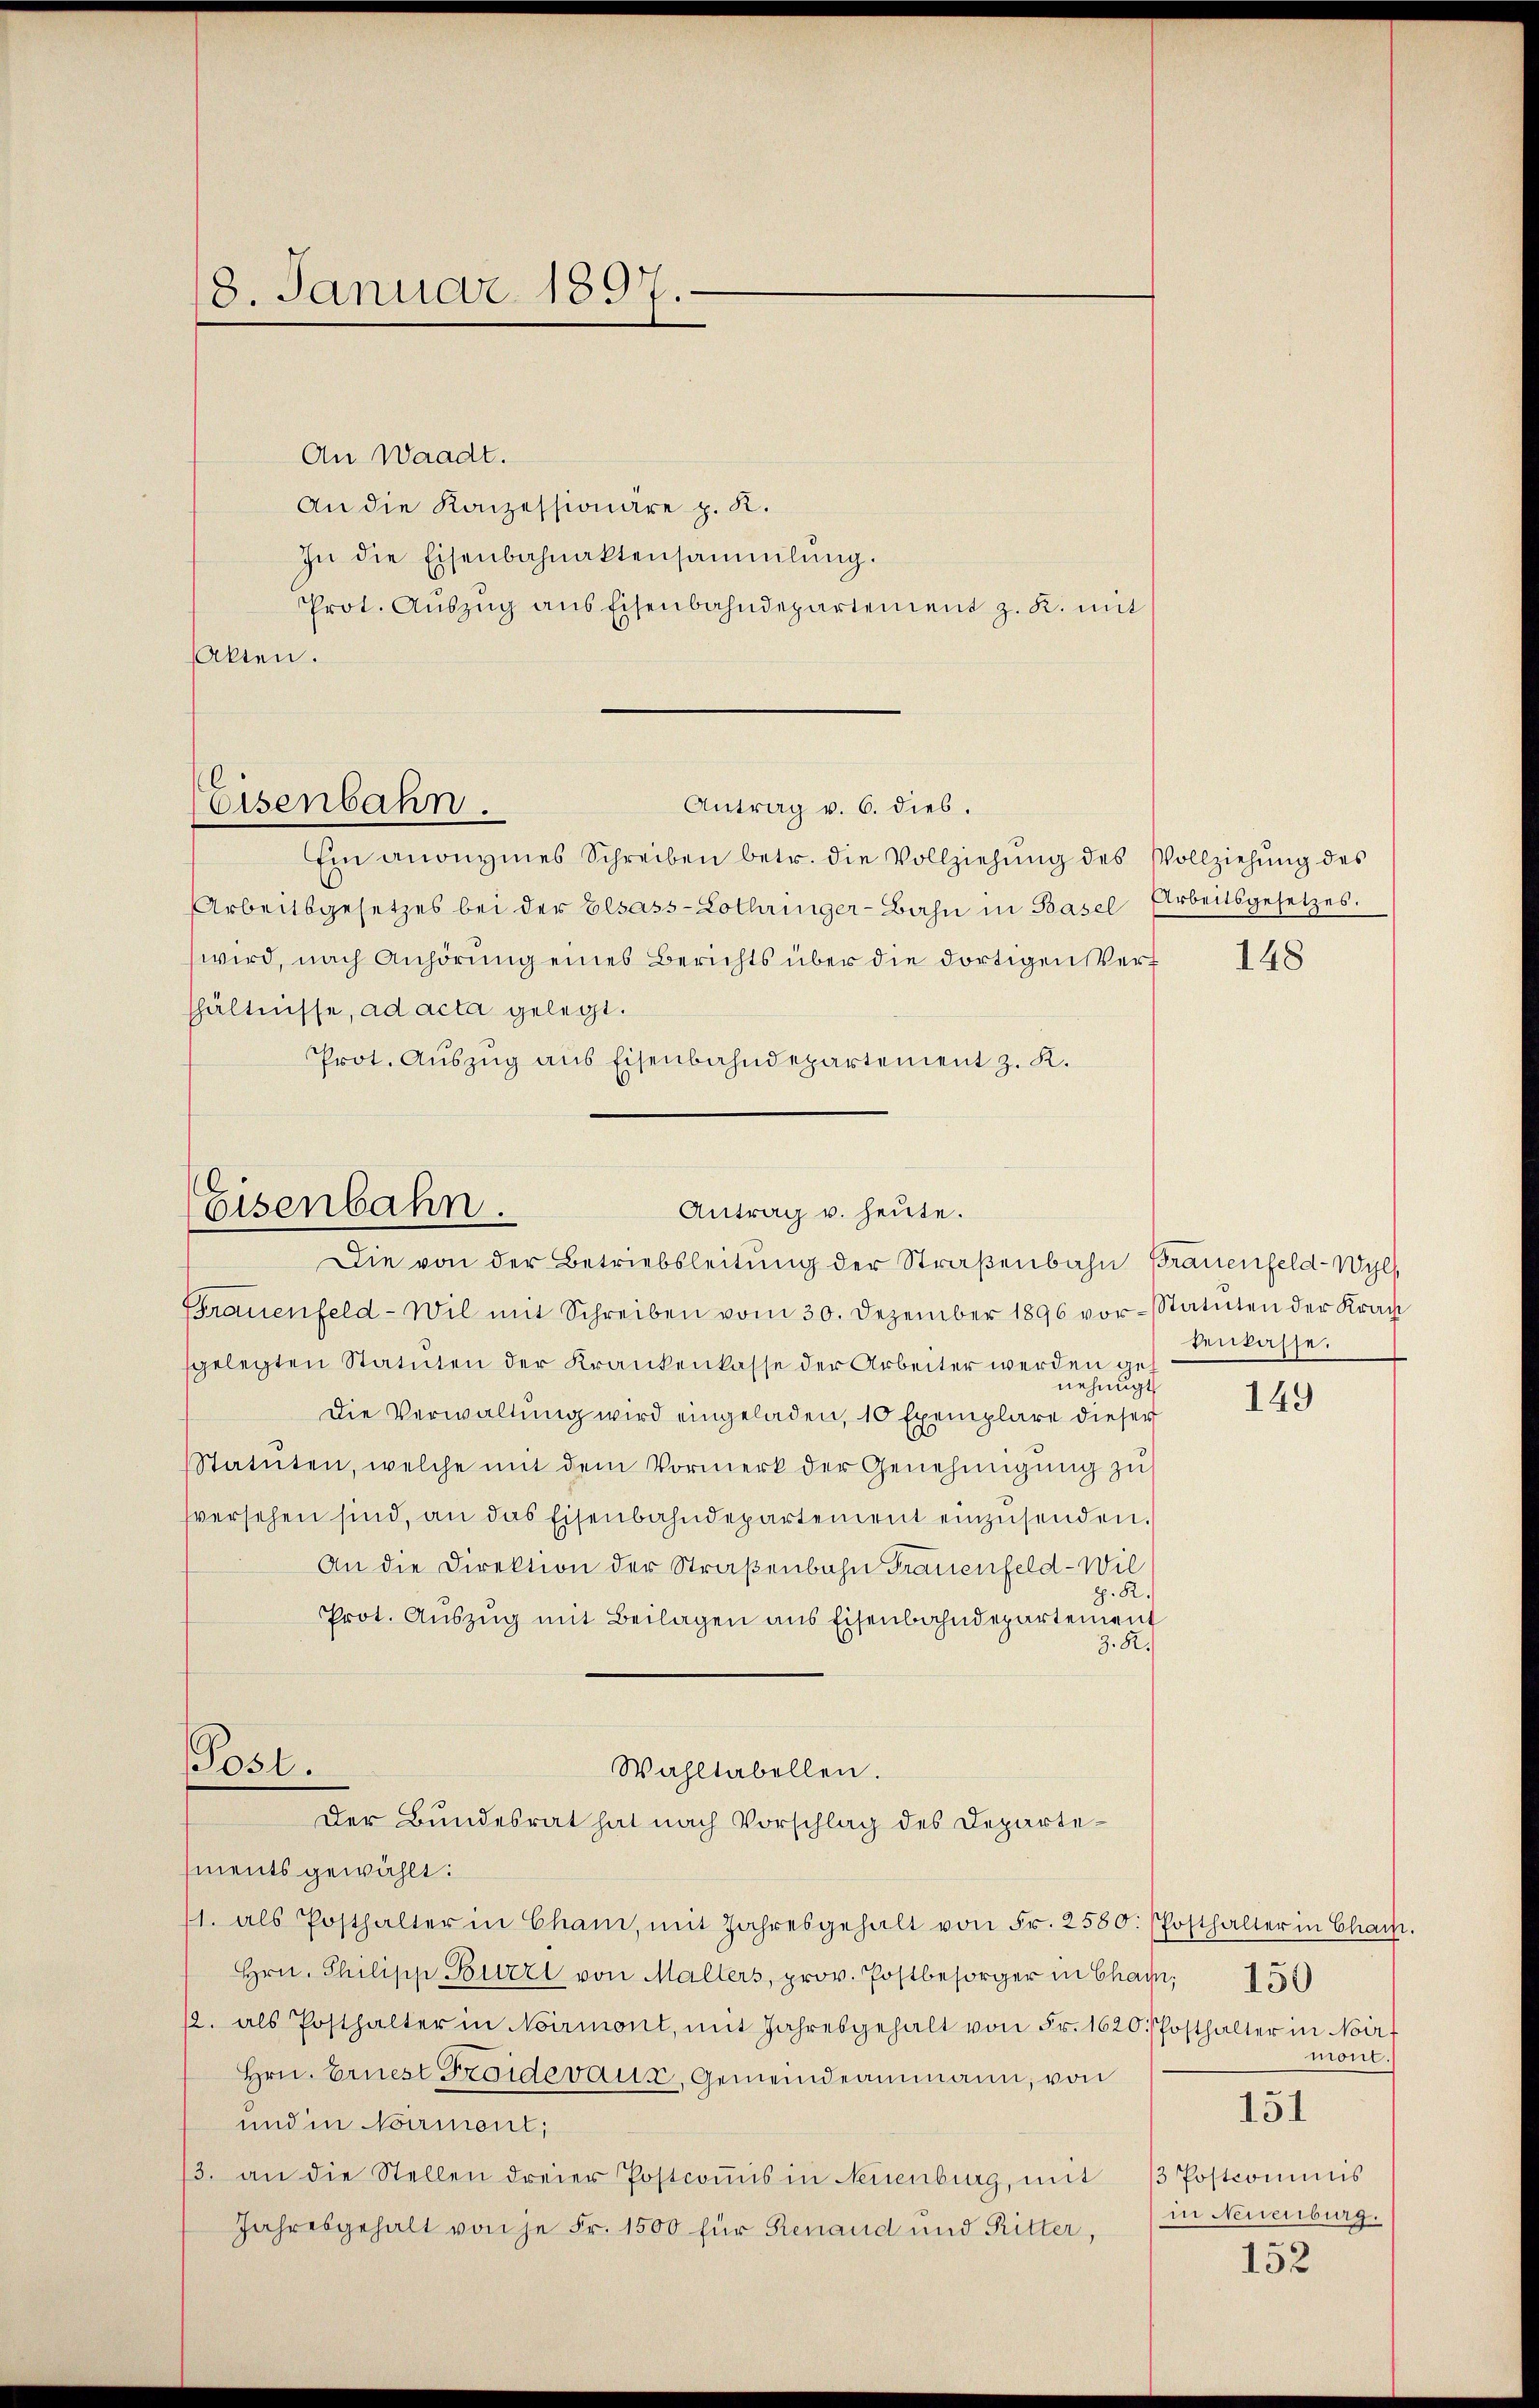
18. Januar 1897.

An Waadt.
An die Konzessionäre z. R.
In die Eisenbahnaktensammlung.
Prot. Aŭszŭg ans Eisenbahndepartement z. R. mit
bten.
Eisenbahn.
Ein anonymes Schreiben betr. die Vollziehŭng des Vollziehŭng des
Arbeitsgesetzes bei der Elsass-Lothringer-Bahn in Basel Arbeitsgesetzes.
wird, nach Anhörung eines Berichts über die dortigen Vert
shältnisse, ad acta gelegt.
Prot. Aŭszŭg ans Eisenbahndepartement z. K.

Antrag v. 6. dies.

Eisenbahn.
Antrag u. heute.
Die von der Betriebsleitung der Straßenbahn Brauenfeld-Wyl

Brauenfeld-Wil mit Schreiben vom 30. Dezember 1896 vor-Statuten der Kran
sgelegten Statuten der Krankenkasse der Arbeiter werden genehmigt
Die Verwaltung wird eingeladen, 10 Exemplare dieser
Statuten, welche mit dem Vormerk der Genehmigŭng zŭ
fversehen sind, an das Eisenbahndepartement einzusenden.
An die Direktion der Straßenbahn Frauenfeld-Wil
p. R.
Prot. Auszug mit Beilagen aus Eisenbahndepartement
z. R.
Post.
Wahltabellen.

Der Bundesrat hat nach Vorschlag des Departements gewählt:

1. als Posthalter in Cham, mit Jahresgehalt von Fr. 2580:
Hrn. Philipp Burzl von Mallers, prov. Postbesorger in Cham,
12. als Posthalter in Noirmont, mit Jahresgehalt von Fr. 1620. Posthalter in Noirf
Hrn. Ernest Froidevaux, Gemeindeammann, von
und in Normont,
/3. an die Stellen dreier Postcomis in Neuenburg, mit
Jahresgehalt von je Fr. 1500 für Renaud und Ritter,

148

tenkasse.

149

Posthalter in Chais.
150
mont.
151
3 Postcommis
in Neuenburg.

152